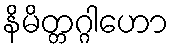
နိမိတ္တဂ္ဂါဟော